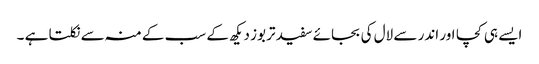
ایسے ہی کچا اور اندر سے لال کی بجائے سفید تربوز دیکھ کے سب کے منہ سے نکلتا ہے ۔